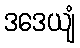
ဒဒေယျံ